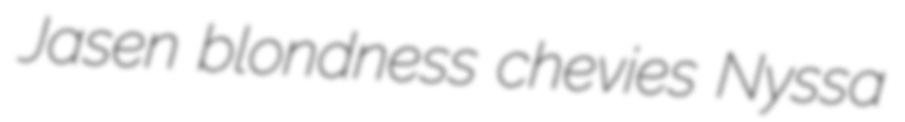
Jasen blondness chevies Nyssa